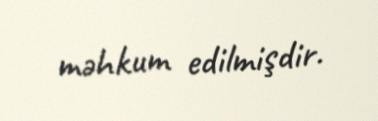
məhkum edilmişdir.